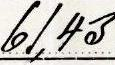
61,43